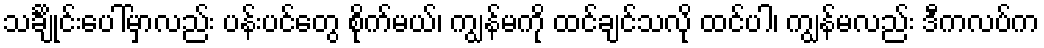
သင်္ချိုင်းပေါ်မှာလည်း ပန်းပင်တွေ စိုက်မယ်၊ ကျွန်မကို ထင်ချင်သလို ထင်ပါ၊ ကျွန်မလည်း ဒီကလပ်က